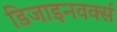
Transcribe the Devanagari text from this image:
डिजाइनवर्क्स